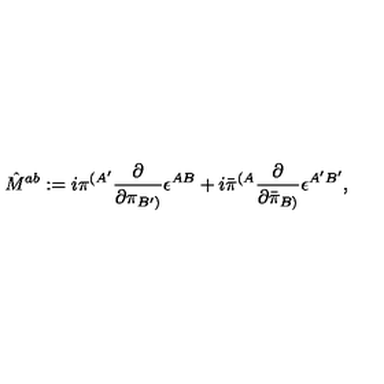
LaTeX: { \hat { M } } ^ { a b } : = i { \pi } ^ { ( { A ^ { \prime } } } { \frac { \partial } { \partial { \pi } _ { { B ^ { \prime } } ) } } } \epsilon ^ { A B } + i { \bar { \pi } } ^ { ( { A } } { \frac { \partial } { \partial { \bar { \pi } } _ { { B ) } } } } \epsilon ^ { { A ^ { \prime } } { B ^ { \prime } } } ,